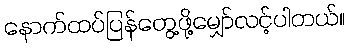
နောက်ထပ်ပြန်တွေ့ဖို့မျှော်လင့်ပါတယ်။